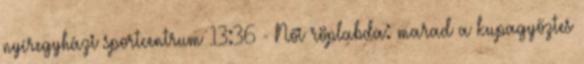
nyíregyházi sportcentrum 13:36 - Női röplabda: marad a kupagyőztes